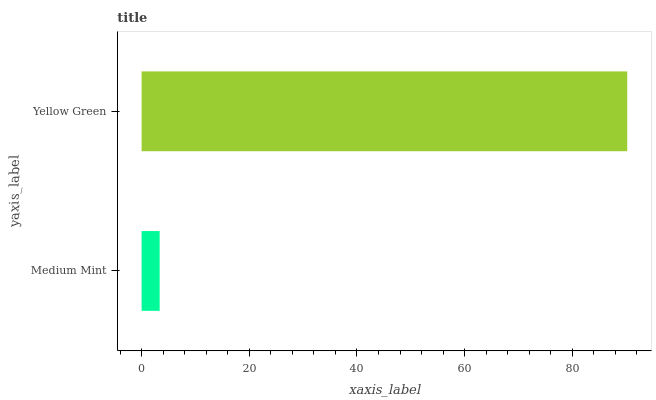
| yaxis_label | bars |
 | --- | --- |
 | Medium Mint | 3.36 |
 | Yellow Green | 90.2 |